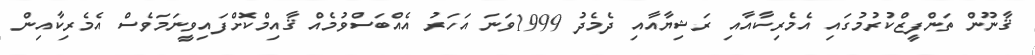
ޤާނޫން ތަންފީޒްކުރުމުގައި އެމެރިކާއާއި ރަޝިޔާއާއި ދެމެދު 1999ވަނަ އަހަރު އެއްބަސްވުމެއް ޤާއިމްކޮށްފައިވީނަމަވެސް އެމެރިކާއިން